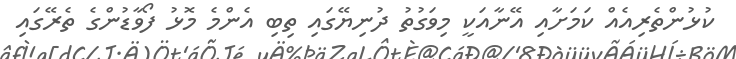
ކުޅުންތެރިއެއް ކަމަށާއި އޭނާއަކީ މިވަގުތު ދުނިޔޭގައި ތިބި އެންމެ މޮޅު ފޯވާޑުންގެ ތެރޭގައި